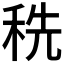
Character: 𰨥